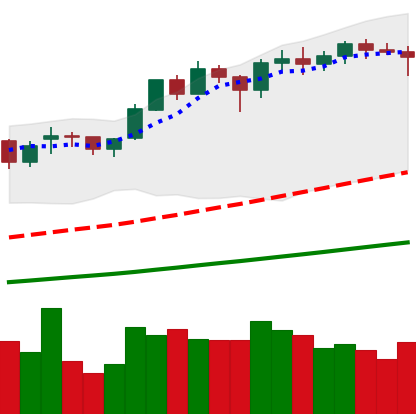
Ticker: ETH-USD
Chart end date: 2021-02-15
Forward return: 7.852%
Label: up_7plus